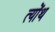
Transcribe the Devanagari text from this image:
त्योंथ